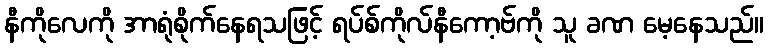
နီကိုလေကို အာရုံစိုက်နေရသဖြင့် ရပ်စ်ကိုလ်နီကော့ဗ်ကို သူ ခဏ မေ့နေသည်။